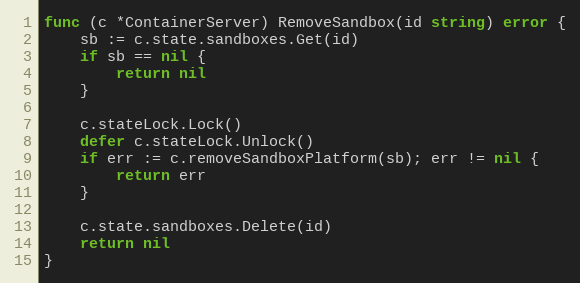
Language: Go
func (c *ContainerServer) RemoveSandbox(id string) error {
	sb := c.state.sandboxes.Get(id)
	if sb == nil {
		return nil
	}

	c.stateLock.Lock()
	defer c.stateLock.Unlock()
	if err := c.removeSandboxPlatform(sb); err != nil {
		return err
	}

	c.state.sandboxes.Delete(id)
	return nil
}